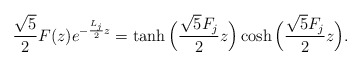
\begin{align*}\frac{\sqrt5}{2}F(z)e^{-\frac{L_j}{2}z} = \tanh \Big(\frac{\sqrt5 F_j}{2}z\Big) \cosh \Big(\frac{\sqrt5 F_j}{2}z\Big).\end{align*}